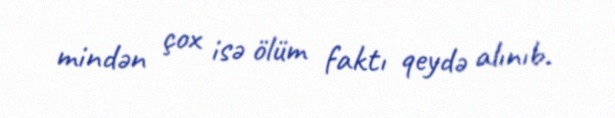
mindən çox isə ölüm faktı qeydə alınıb.